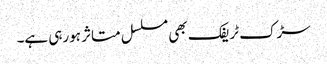
سڑک ٹریفک بھی مسلسل متاثر ہورہی ہے۔